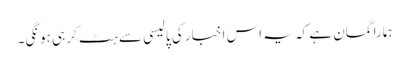
ہمارا گمان ہے کہ یہ اس اخبار کی پالیسی سے ہٹ کر ہی ہونگی۔